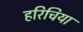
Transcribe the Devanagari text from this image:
हरिचिया